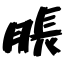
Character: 脹